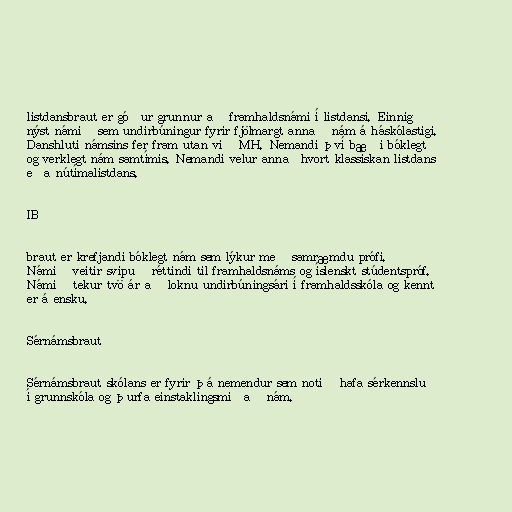
listdansbraut er góður grunnur að framhaldsnámi í listdansi. Einnig
nýst námið sem undirbúningur fyrir fjölmargt annað nám á háskólastigi.
Danshluti námsins fer fram utan við MH. Nemandi því bæði bóklegt
og verklegt nám samtímis. Nemandi velur annaðhvort klassískan listdans
eða nútímalistdans.

IB

braut er krefjandi bóklegt nám sem lýkur með samræmdu prófi.
Námið veitir svipuð réttindi til framhaldsnáms og íslenskt stúdentspróf.
Námið tekur tvö ár að loknu undirbúningsári í framhaldsskóla og kennt
er á ensku.

Sérnámsbraut

Sérnámsbraut skólans er fyrir þá nemendur sem notið hafa sérkennslu
í grunnskóla og þurfa einstaklingsmiðað nám.